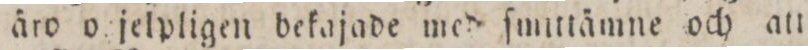
äro o jelpligen bekajade med ſmittämne och att